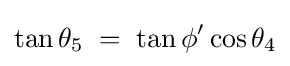
\tan \theta _{5}\;=\;\tan \phi '\cos \theta _{4}